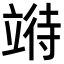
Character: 𫁧